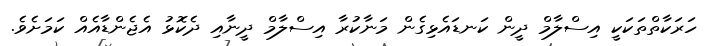
ހަރަކާތްތަކަކީ އިސްލާމް ދީން ކަނޑައެޅިގެން މަނާކުރާ އިސްލާމް ދީނާއި ދެކޮޅު އެޖެންޑާއެއް ކަމަށެވެ.